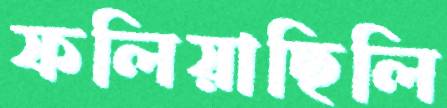
ফলিয়াছিলি